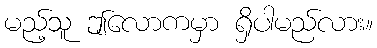
မည့်သူ ဤလောကမှာ ရှိပါမည်လား။